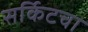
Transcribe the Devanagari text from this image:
सर्किटचा